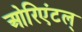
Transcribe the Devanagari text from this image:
ओरिएंटल्